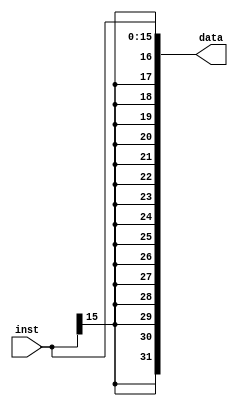
`timescale 1ns / 1ps
//////////////////////////////////////////////////////////////////////////////////
// Company: 
// Engineer: 
// 
// Design Name: 
// Module Name:    signext 
// Project Name: 
// Target Devices: 
// Tool versions: 
// Description: 
//
// Dependencies: 
//
// Revision: 
// Revision 0.01 - File Created
// Additional Comments: 
//
//////////////////////////////////////////////////////////////////////////////////
module signext(
    input [15:0] inst,
    output [31:0] data
    );

    assign data = {{16{inst[15]}},inst};

endmodule